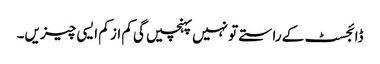
ڈائجسٹ کے راستے تو نہیں پہنچیں گی کم از کم ایسی چیزیں۔